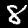
Digit: 8